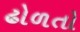
ઢોળતો